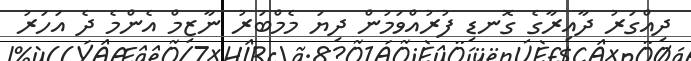
ދިއްގަރު ދާއިރާގެ ގޮނޑި ފުރުއްވަމުން ދިޔަ މެމްބަރު ނާޒިމް އެންމެ ދެ އަހަރު